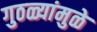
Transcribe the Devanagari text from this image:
गुठळ्यांमुळे